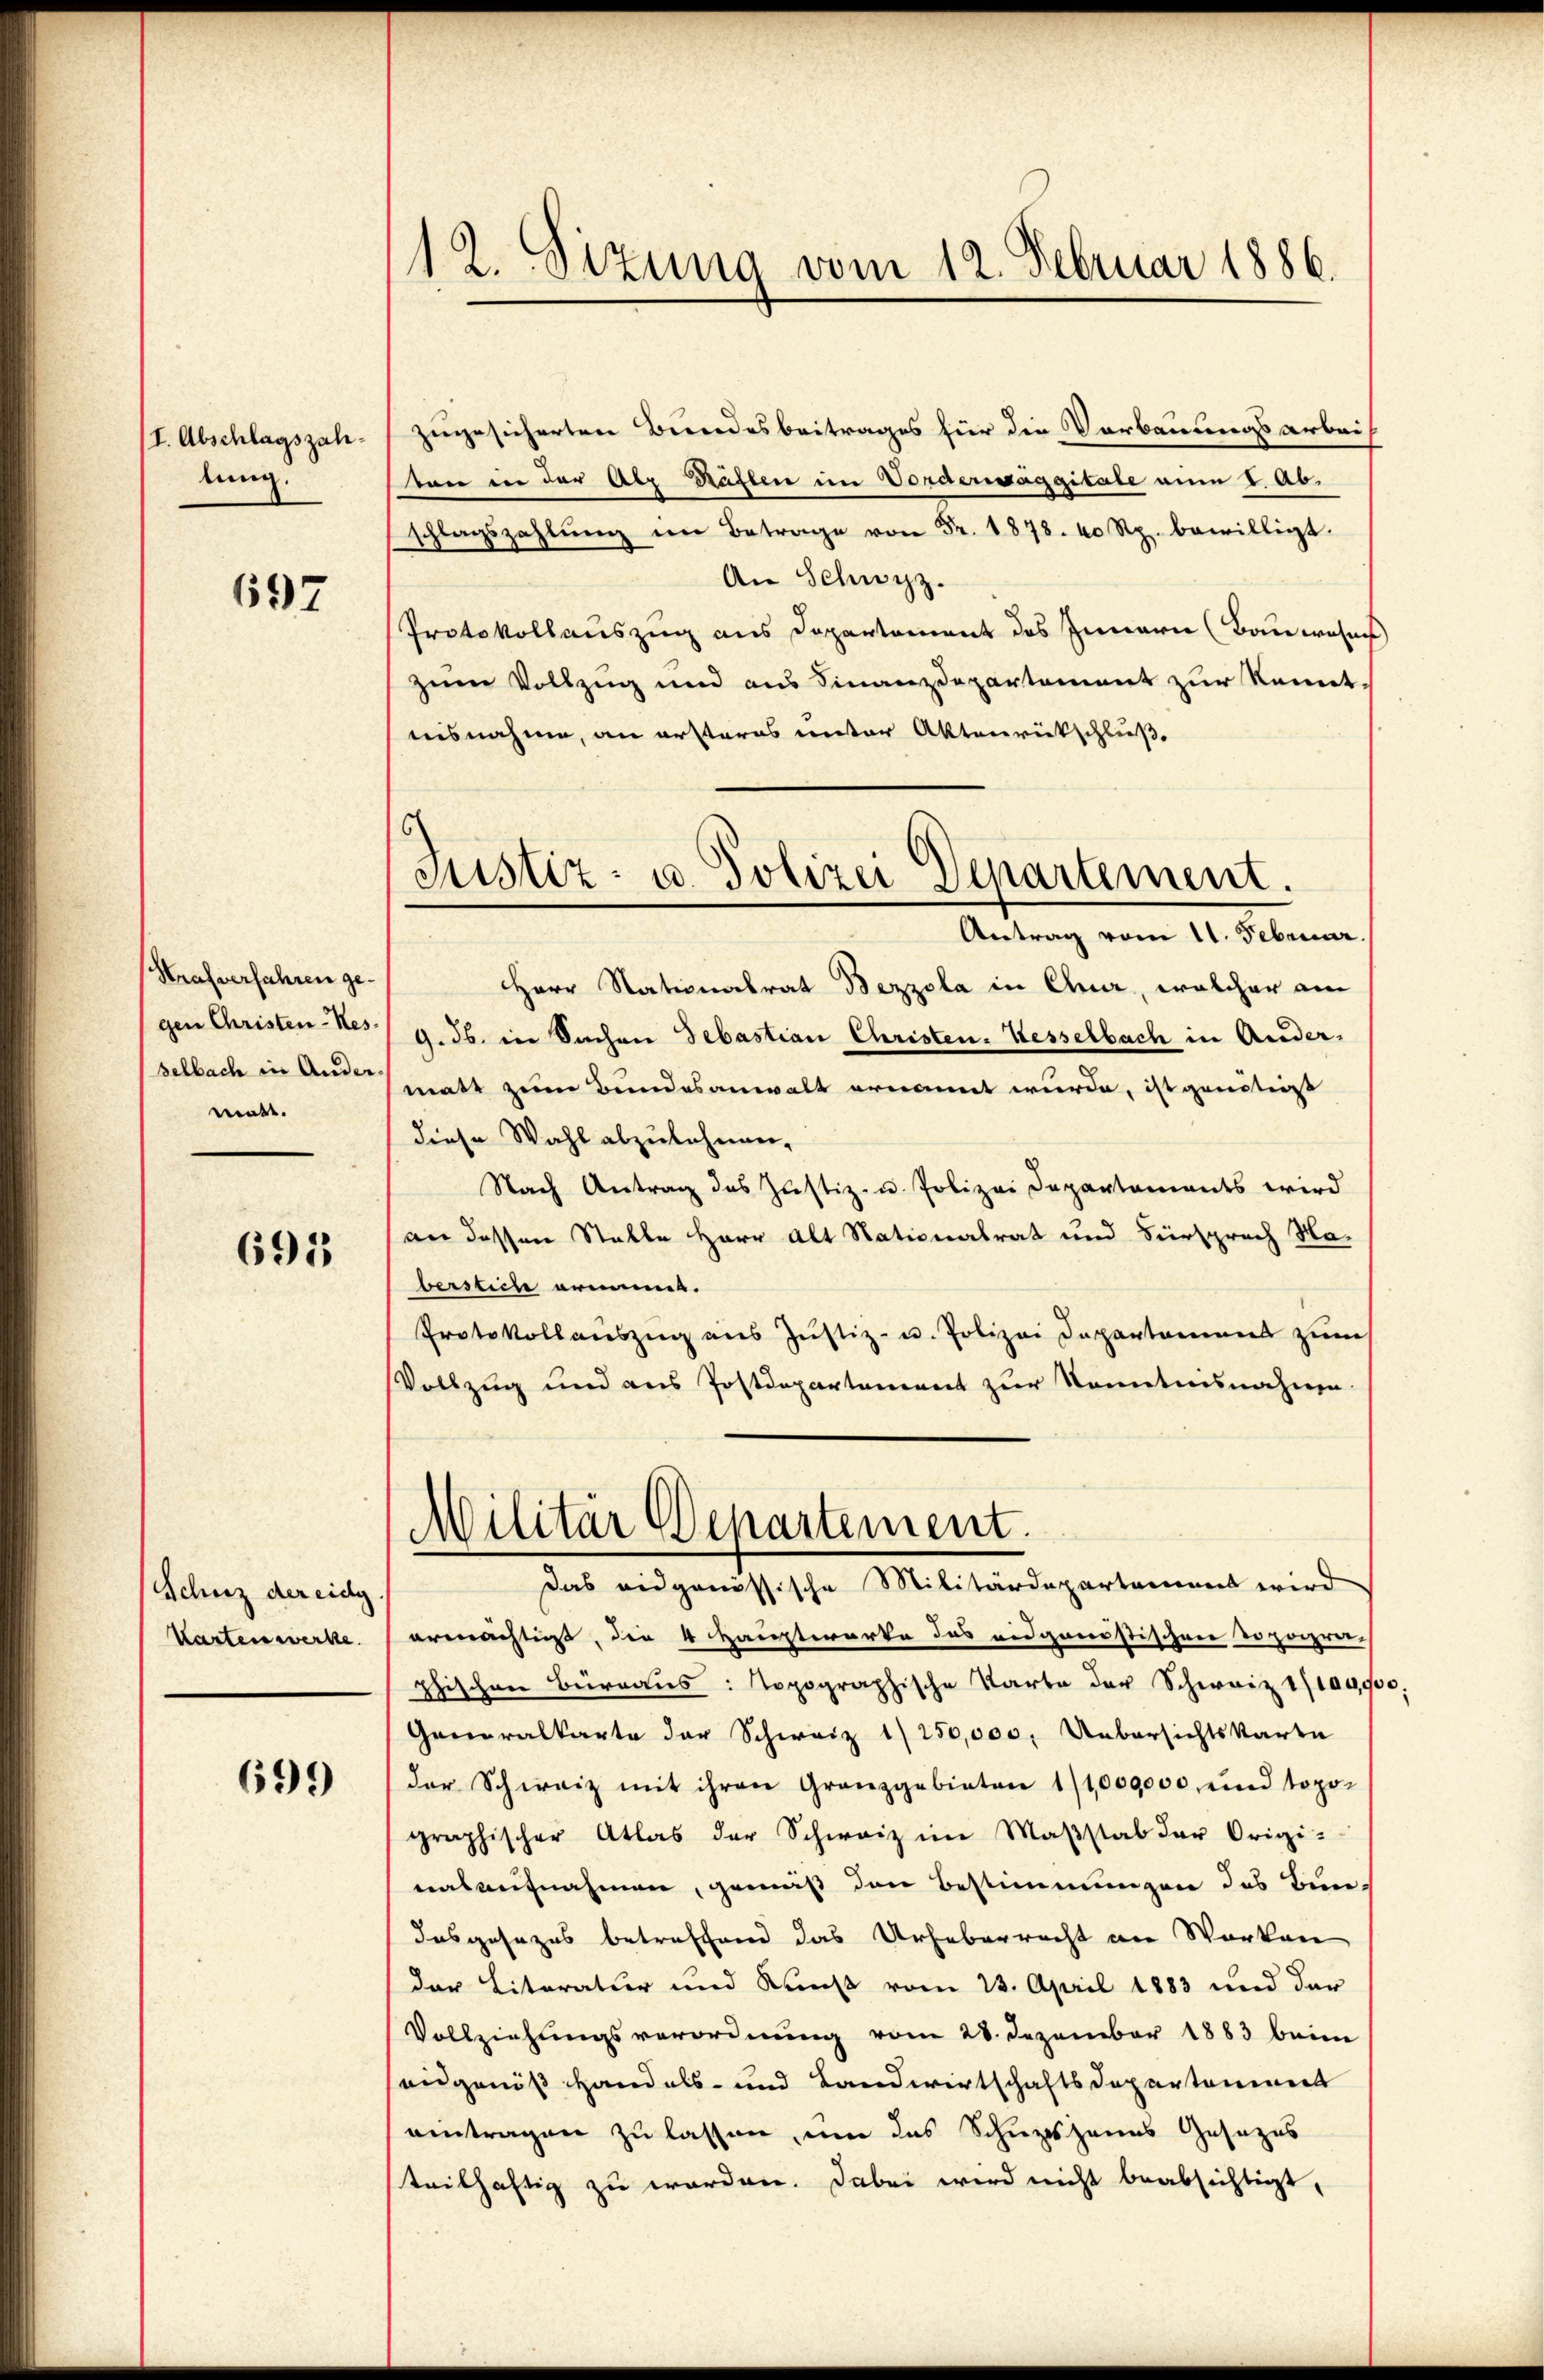
(I. Abschlagszahlung.

697

Strafverfahren gegen Christen-Res.
selbach in Ander
matt.

695

Schutz der eidg
Karten werke

699

12. Sizung vom 12. Februar 1886.

zugesicherten Bundesbeitrages für die Verbauungsarbeis
trer in der Atz Häflen im Vorderisaggitate num I. Abschlagszahlŭng im Betrage . . 1874 Rp. bewilligt.
An Schwyz.
Protokollauszug aus Departement des Innern (Bauwohne
zum Vollzug und aus Finanzdepartement zur Kennt.
uisnahme, an ersteres unter Aktenrückschluße
Herr Nationalrat Bezzola in Chur, welcher am
9. ds. in Sachen Sebastian Christen-Kesselbach in Andermatt zum Bundesanwalt ernannt wurde, ist genötigst
diese Wahl abzulehnen,
Nach Antrag das Justiz- u. Polizei Departaments wird
an dessen Stalle Herr Alt Nationalrat und Fürsprach Haberstiche armins.
Protokollauszug aus Justiz- u. Polizei Departamens zum
Vollzug und aus Postdepartement zur Kenntnisnahme
Militär Departement.
Das eidgenössische Militärdepartament wird
ermächtigt, die 4 Hauptwerke das eidgenöstischen Depopre
phischen Büreaus: topographische Karte der Schweiz 1/10990
Generalkarte der Schweiz 1/250,000, Uebersichtskarte
der Schweiz mit ihren Granzgebieten 1/1,009000 und topo-
graphischer Atlas der Schweiz im Maßstab der Origi-
nasaufnahmen, gemäß den Bestimmungen des Bun-
dasgesezes betreffend das Urheberrecht an Werken
der Literatur und Kunst vom 23. April 1883 und der
Vollziehungsverordnung vom 28. Dezember 1883 beim
angenöß Handels- und Landwirtschaftsdepartement
eintragen zu lassen, um das Schuttshaus Gesezes
teilhaftig zu werden. Dabei wird nicht beabsichtigt,

Justiz- u. Polizei Departement.
Antrag vom 11. Februar.